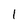
Character: 1